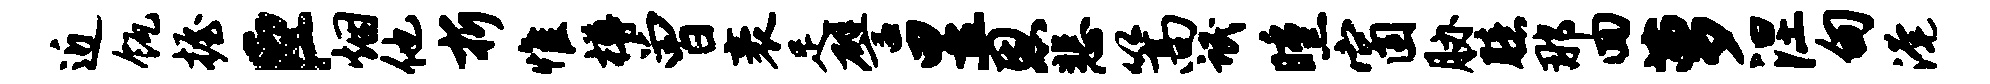
近瓴握臣烟他折惟樽曾袤足譬昱恩悲篙氓曛窗胁臆那回萝涅甸淹